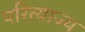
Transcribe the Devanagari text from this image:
परित्याज्य